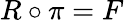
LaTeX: R\circ\pi=F